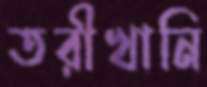
তরীখানি